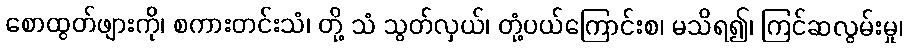
စောထွတ်ဖျားကို၊ စကားတင်းသံ၊ တို့ သံ သွတ်လှယ်၊ တုံ့ပယ်ကြောင်းစ၊ မသိရ၍၊ ကြင်ဆလွမ်းမှု၊